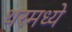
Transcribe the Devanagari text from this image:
थरमध्ये